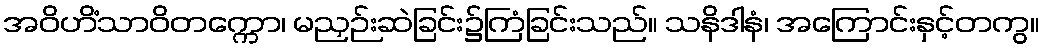
အဝိဟိံသာဝိတက္ကော၊ မညှဉ်းဆဲခြင်း၌ကြံခြင်းသည်။ သနိဒါနံ၊ အကြောင်းနှင့်တကွ။